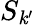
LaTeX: S_{\mathit{k}^{\prime}}